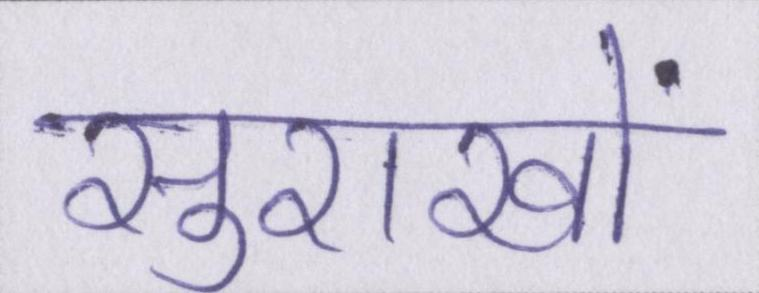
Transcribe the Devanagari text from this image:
सुराखों